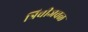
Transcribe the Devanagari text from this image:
त्रिचीजवळ